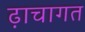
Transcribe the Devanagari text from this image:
ढ़ाचागत